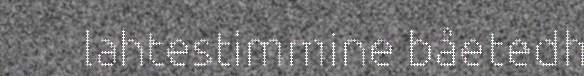
lahtestimmine båetedh